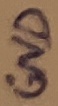
Text: GND